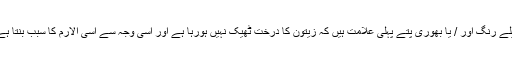
پیلے رنگ اور / یا بھوری پتے پہلی علامت ہیں کہ زیتون کا درخت ٹھیک نہیں ہورہا ہے اور اسی وجہ سے اسی الارم کا سبب بنتا ہے۔